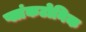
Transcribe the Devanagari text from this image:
प्लांकटोनिक